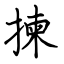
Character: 揀